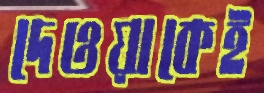
দেওয়াকেই